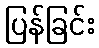
ပြန်ခြင်း